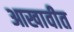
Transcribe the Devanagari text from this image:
आखावीत